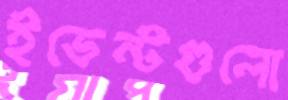
ইভেন্টগুলো